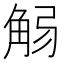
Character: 𧣚